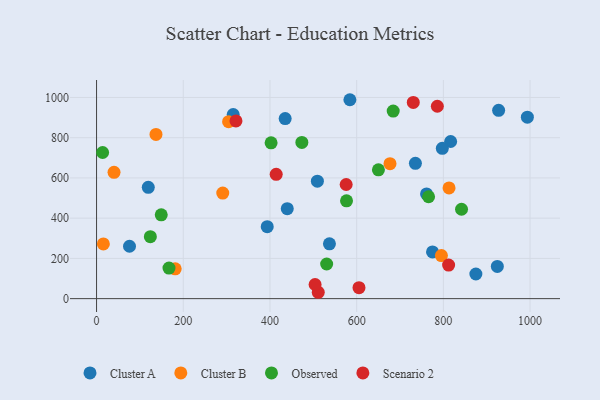
{"axis": {"x": "Engine Size", "y": "Fuel Efficiency"}, "legend": ["Cluster A", "Cluster B", "Observed", "Scenario 2"], "data": [{"x": "509.4", "y": 583.9, "type": "Cluster A"}, {"x": "119.3", "y": 553.2, "type": "Cluster A"}, {"x": "775.0", "y": 232.4, "type": "Cluster A"}, {"x": "927.5", "y": 936.0, "type": "Cluster A"}, {"x": "393.7", "y": 357.5, "type": "Cluster A"}, {"x": "924.5", "y": 159.9, "type": "Cluster A"}, {"x": "816.8", "y": 781.1, "type": "Cluster A"}, {"x": "439.9", "y": 447.4, "type": "Cluster A"}, {"x": "537.2", "y": 272.3, "type": "Cluster A"}, {"x": "315.2", "y": 914.8, "type": "Cluster A"}, {"x": "76.0", "y": 260.4, "type": "Cluster A"}, {"x": "435.1", "y": 894.9, "type": "Cluster A"}, {"x": "735.5", "y": 672.4, "type": "Cluster A"}, {"x": "993.8", "y": 902.3, "type": "Cluster A"}, {"x": "584.4", "y": 988.8, "type": "Cluster A"}, {"x": "875.0", "y": 122.4, "type": "Cluster A"}, {"x": "761.2", "y": 520.7, "type": "Cluster A"}, {"x": "797.6", "y": 747.1, "type": "Cluster A"}, {"x": "813.1", "y": 550.5, "type": "Cluster B"}, {"x": "137.1", "y": 816.2, "type": "Cluster B"}, {"x": "40.3", "y": 628.1, "type": "Cluster B"}, {"x": "304.6", "y": 879.6, "type": "Cluster B"}, {"x": "676.9", "y": 670.9, "type": "Cluster B"}, {"x": "291.1", "y": 524.8, "type": "Cluster B"}, {"x": "795.5", "y": 214.2, "type": "Cluster B"}, {"x": "15.7", "y": 272.0, "type": "Cluster B"}, {"x": "181.4", "y": 148.4, "type": "Cluster B"}, {"x": "124.1", "y": 307.8, "type": "Observed"}, {"x": "684.3", "y": 932.6, "type": "Observed"}, {"x": "576.6", "y": 486.4, "type": "Observed"}, {"x": "650.2", "y": 640.5, "type": "Observed"}, {"x": "473.6", "y": 776.6, "type": "Observed"}, {"x": "167.1", "y": 151.7, "type": "Observed"}, {"x": "765.9", "y": 506.4, "type": "Observed"}, {"x": "149.2", "y": 416.7, "type": "Observed"}, {"x": "14.0", "y": 726.4, "type": "Observed"}, {"x": "841.9", "y": 444.4, "type": "Observed"}, {"x": "402.6", "y": 774.7, "type": "Observed"}, {"x": "530.8", "y": 172.2, "type": "Observed"}, {"x": "414.4", "y": 618.1, "type": "Scenario 2"}, {"x": "812.1", "y": 166.8, "type": "Scenario 2"}, {"x": "575.8", "y": 567.4, "type": "Scenario 2"}, {"x": "511.4", "y": 31.6, "type": "Scenario 2"}, {"x": "730.6", "y": 975.2, "type": "Scenario 2"}, {"x": "321.6", "y": 883.5, "type": "Scenario 2"}, {"x": "786.1", "y": 956.4, "type": "Scenario 2"}, {"x": "504.1", "y": 70.3, "type": "Scenario 2"}, {"x": "605.4", "y": 54.3, "type": "Scenario 2"}]}